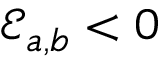
\mathcal { E } _ { a , b } < 0